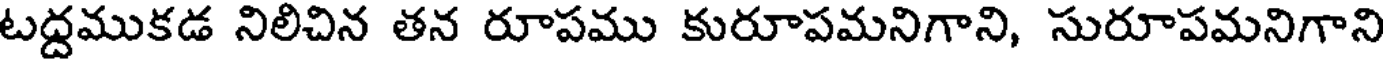
టద్దముకడ నిలిచిన తన రూపము కురూపమనిగాని, సురూపమనిగాని